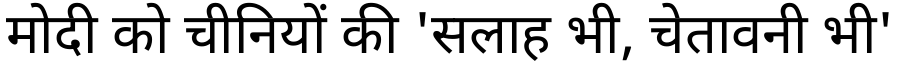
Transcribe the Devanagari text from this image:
मोदी को चीनियों की 'सलाह भी, चेतावनी भी'